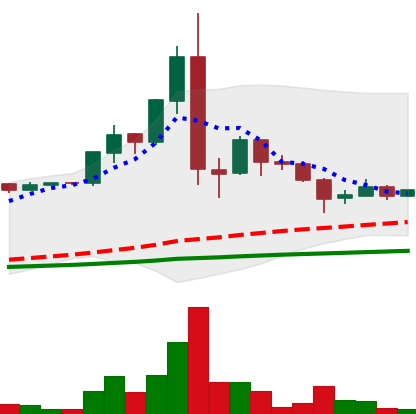
Ticker: LTC-USD
Chart end date: 2015-07-20
Forward return: 17.605%
Label: up_7plus